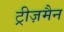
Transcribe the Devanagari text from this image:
ट्रीज़मैन